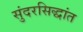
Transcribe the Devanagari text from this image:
सुंदरसिद्धांत